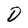
Character: D